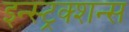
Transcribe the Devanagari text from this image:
इन्स्ट्रक्शन्स